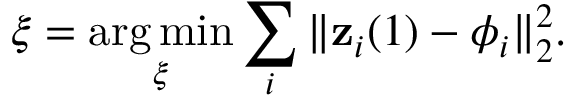
\boldsymbol { \xi } = \mathop { \arg \operatorname* { m i n } } _ { \boldsymbol { \xi } } \sum _ { i } \Vert \mathbf { z } _ { i } ( 1 ) - \boldsymbol { \phi } _ { i } \Vert _ { 2 } ^ { 2 } .